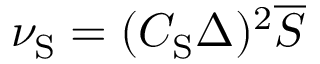
\nu _ { \mathrm { { S } } } = ( C _ { \mathrm { { S } } } \Delta ) ^ { 2 } \overline { { S } }